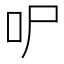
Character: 㕧